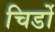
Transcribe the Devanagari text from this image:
चिर्डो